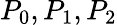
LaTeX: P_{0},P_{1},P_{2}